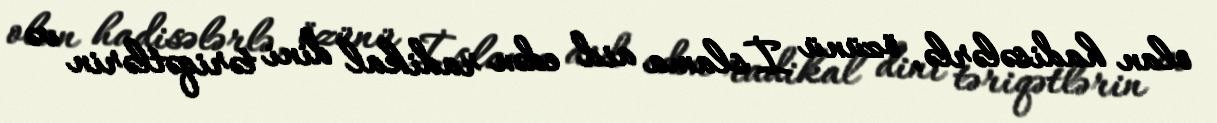
olan hadisələrlə, özünü İslama aid edən radikal dini təriqətlərin və